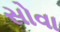
સોવા